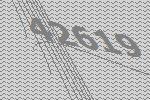
42619